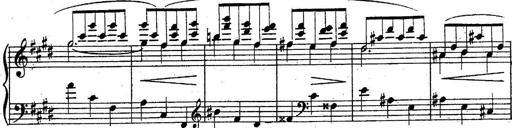
Title: Sonatine
Composer: Adrian Shaposhnikov
Key: E minor